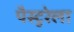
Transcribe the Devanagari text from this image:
पैस्टुरेला